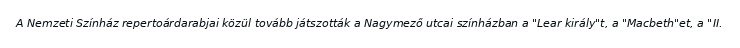
A Nemzeti Színház repertoárdarabjai közül tovább játszották a Nagymező utcai színházban a "Lear király"t, a "Macbeth"et, a "II.